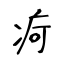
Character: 疴